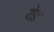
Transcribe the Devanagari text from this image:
येइ